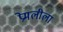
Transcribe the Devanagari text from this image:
प्रेमलीला